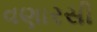
વણારસી